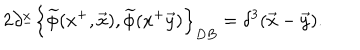
LaTeX: 2 \partial _ { - } ^ { x } \left\{ \widetilde { \phi } ( x ^ { + } , \vec { x } ) , \widetilde { \phi } ( x ^ { + } \vec { y } ) \right\} _ { D B } = \delta ^ { 3 } ( \vec { x } - \vec { y } ) .